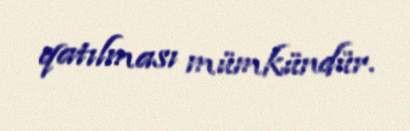
qatılması mümkündür.